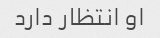
او انتظار دارد